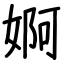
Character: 婀